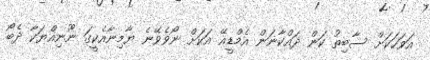
އަވަހަކަށް ސާބިތު ކަން ދައްކާނަން އެމްޑީއޭ އަކަށް ނޯވެވޭނެ ޔާމިނާއެކީގަ ނޫނިއްޔަކާ ދެބޯ